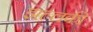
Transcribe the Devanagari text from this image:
झल्लकी